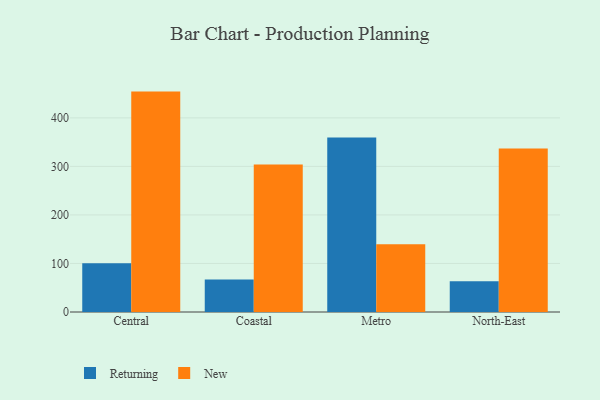
{"axis": {"x": "Region", "y": "Bounce Rate (%)"}, "legend": ["New", "Returning"], "data": [{"x": "Central", "y": 100.6, "type": "Returning"}, {"x": "Central", "y": 454.1, "type": "New"}, {"x": "Coastal", "y": 67.2, "type": "Returning"}, {"x": "Coastal", "y": 303.9, "type": "New"}, {"x": "Metro", "y": 359.6, "type": "Returning"}, {"x": "Metro", "y": 139.5, "type": "New"}, {"x": "North-East", "y": 63.3, "type": "Returning"}, {"x": "North-East", "y": 336.9, "type": "New"}]}